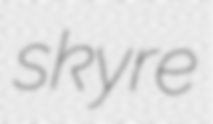
skyre